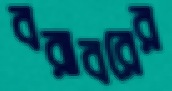
বরাবরের